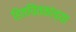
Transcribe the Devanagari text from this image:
हितचिंतकांच्या